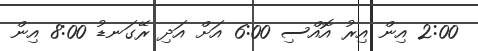
2:00 އިން އިރު އޮއްސި 6:00 އަށް އަދި ރޭގަނޑު 8:00 އިން